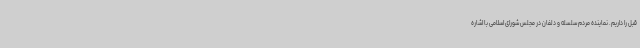
قبل را داریم. نماینده مردم سلسله و دلفان در مجلس شورای اسلامی با اشاره